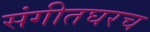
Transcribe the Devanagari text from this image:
संगीतघरच